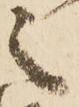
之